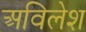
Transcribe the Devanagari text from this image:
अविलेश